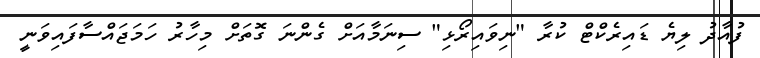
ފުއާދު ލިޔެ ޑައިރެކްޓް ކުރާ "ނިވައިރޯޅި" ސިނަމާއަށް ގެންނަ ގޮތަށް މިހާރު ހަމަޖައްސާފައިވަނީ